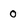
Character: 0